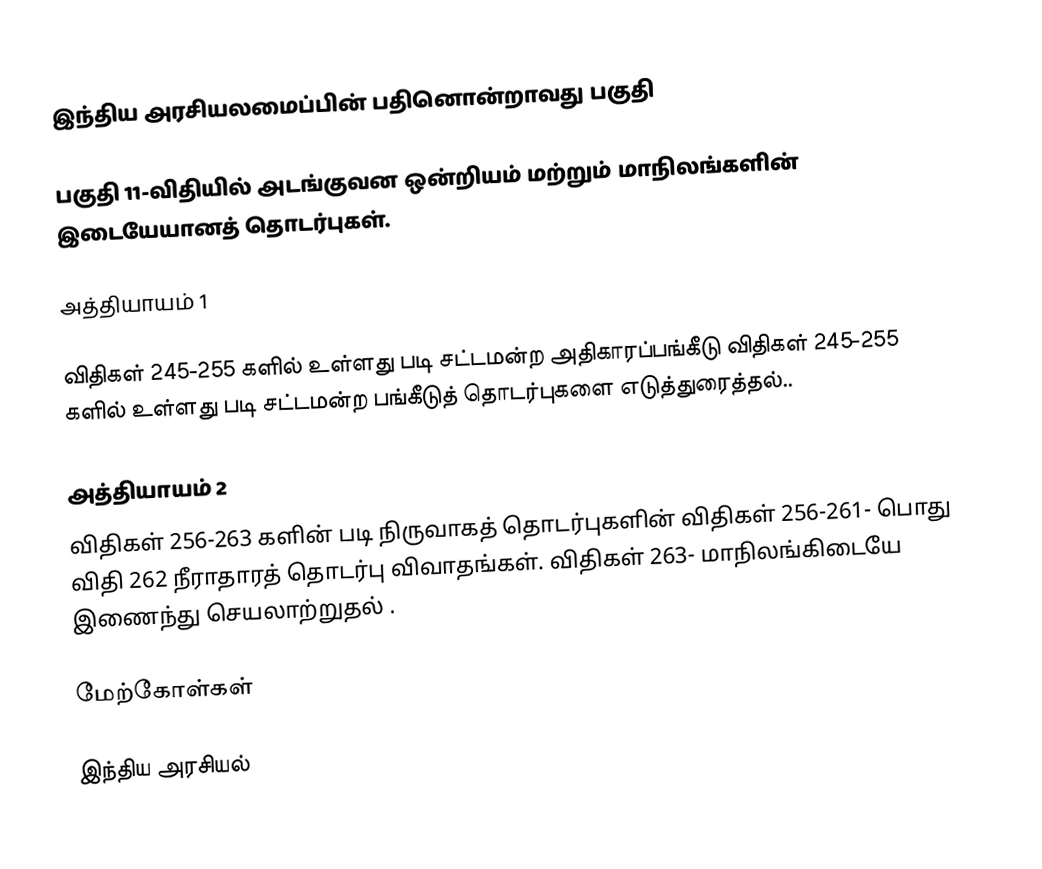
இந்திய அரசியலமைப்பின் பதினொன்றாவது பகுதி

பகுதி 11-விதியில்  அடங்குவன ஒன்றியம் மற்றும் மாநிலங்களின் இடையேயானத் தொடர்புகள்.

அத்தியாயம் 1

விதிகள் 245-255 களில் உள்ளது படி சட்டமன்ற அதிகாரப்பங்கீடு விதிகள் 245-255 களில் உள்ளது படி சட்டமன்ற பங்கீடுத் தொடர்புகளை எடுத்துரைத்தல்..

அத்தியாயம் 2
விதிகள் 256-263 களின் படி நிருவாகத் தொடர்புகளின் விதிகள் 256-261- பொது விதி 262 நீராதாரத் தொடர்பு விவாதங்கள். விதிகள் 263- மாநிலங்கிடையே  இணைந்து செயலாற்றுதல் .

மேற்கோள்கள்

இந்திய அரசியல்